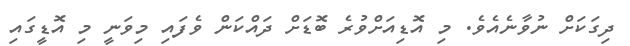
ދިގަކަށް ނުވާނެއެވެ. މި އޮޑިއަށްވުރެ ބޮޑަށް ދައްކަން ވެފައި މިވަނީ މި އޮޑީގައި